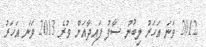
2012 ވަނަ އަހަރު ލިބުނު ސާފު ފައިދާއަށް ވުރެ 2013 ވަނަ އަހަރު